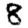
Digit: 8